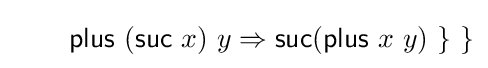
\quad \quad {\mathsf {plus}}\ ({\mathsf {suc}}\ x)\ y\Rightarrow {\mathsf {suc}}({\mathsf {plus}}\ x\ y)\ \}\ \}